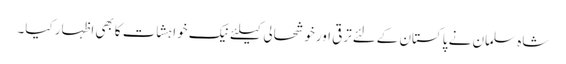
شاہ سلمان نے پاکستان کےلئےترقی اورخوشحالی کیلئےنیک خواہشات کابھی اظہار کیا۔